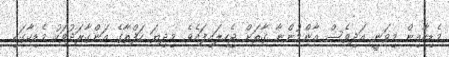
މެޑިކާއިން މިވަނީ އަދިވެސް އާންމުންނާ ގާތަށް ޖެހިލައިފައެވެ. މިދިޔަ ހަފްތާގެ އަންގާރަދުވަހު މެޑިކާގައި